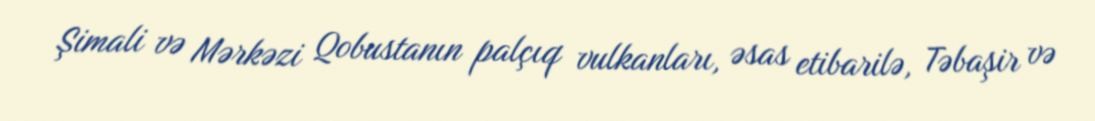
Şimali və Mərkəzi Qobustanın palçıq vulkanları, əsas etibarilə, Təbaşir və